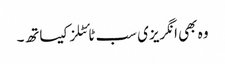
وہ بھی انگریزی سب ٹائٹلز کیساتھ۔